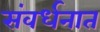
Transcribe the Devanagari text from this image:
संवर्धनात